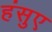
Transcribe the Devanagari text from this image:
हंसुए